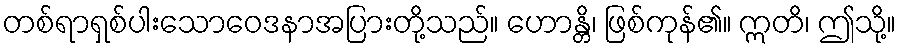
တစ်ရာရှစ်ပါးသောဝေဒနာအပြားတို့သည်။ ဟောန္တိ၊ ဖြစ်ကုန်၏။ ဣတိ၊ ဤသို့။